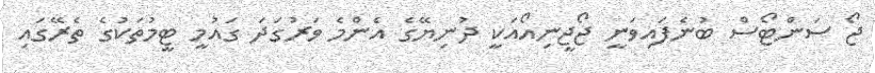
ޖޯ ސަންޓޯސް ބުނެފައިވަނީ ޖޯޖީނިއޯއަކީ ދުނިޔޭގެ އެންމެ ވަރުގަދަ ގައުމީ ޓީމުތަކުގެ ތެރޭގައި